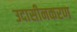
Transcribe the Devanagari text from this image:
उदासीनकरण